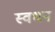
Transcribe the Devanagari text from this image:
स्वधन